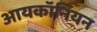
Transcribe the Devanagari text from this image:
आयकॉनियन